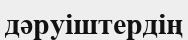
дәруіштердің